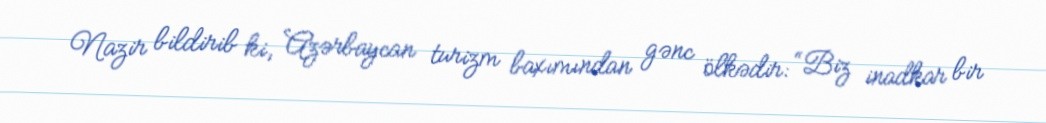
Nazir bildirib ki, Azərbaycan turizm baxımından gənc ölkədir: “Biz inadkar bir